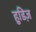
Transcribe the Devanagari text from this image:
हुडिज़